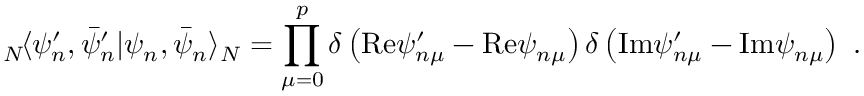
{ } _ { N } \! \langle \psi _ { n } ^ { \prime } , \bar { \psi } _ { n } ^ { \prime } | \psi _ { n } , \bar { \psi } _ { n } \rangle _ { N } = \prod _ { \mu = 0 } ^ { p } \delta \left( \mathrm { R e } \psi _ { n \mu } ^ { \prime } - \mathrm { R e } \psi _ { n \mu } \right) \delta \left( \mathrm { I m } \psi _ { n \mu } ^ { \prime } - \mathrm { I m } \psi _ { n \mu } \right) ~ .